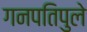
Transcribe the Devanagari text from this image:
गनपतिपुले